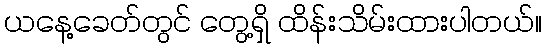
ယနေ့ခေတ်တွင် တွေ့ရှိ ထိန်းသိမ်းထားပါတယ်။